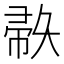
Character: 𫹅